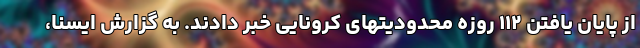
از پایان یافتن ۱۱۲ روزه محدودیتهای کرونایی خبر دادند. به گزارش ایسنا،